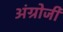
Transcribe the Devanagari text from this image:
अंग्रोजी